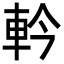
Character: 軡